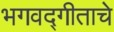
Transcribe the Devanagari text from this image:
भगवद्गीताचे